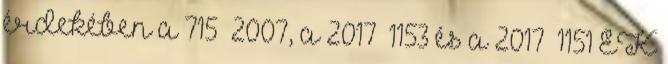
érdekében a 715 2007, a 2017 1153 és a 2017 1151 EK